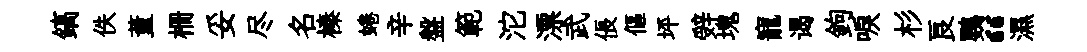
鎬佚董栅妥尽名榛蜷辛盤範沱漂武倀傴坪辤塊寵谒鉤唳杉良鸚“濕